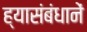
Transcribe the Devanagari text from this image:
ह्यासंबंधानें